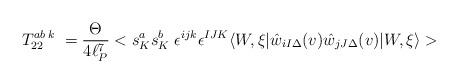
LaTeX: \begin{align*}T_{22}^{ab\;k}\;=\frac{\Theta }{4\ell _{P}^{7}}<s_{K}^{a}s_{K}^{b}\;\epsilon^{ijk}\epsilon ^{IJK}\langle W,\xi |\hat{w}_{iI\Delta }(v)\hat{w}_{jJ\Delta}(v)|W,\xi \rangle >\end{align*}